Problem: 9 × 5 = ?
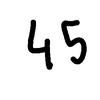
Handwritten answer: 45